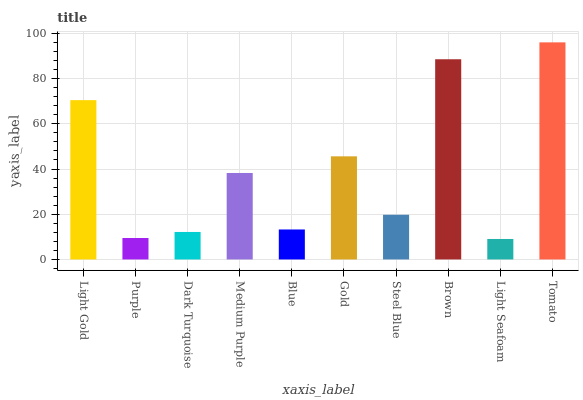
| xaxis_label | bars |
 | --- | --- |
 | Light Gold | 70.5 |
 | Purple | 9.49 |
 | Dark Turquoise | 12.2 |
 | Medium Purple | 38.2 |
 | Blue | 13.3 |
 | Gold | 45.6 |
 | Steel Blue | 19.8 |
 | Brown | 88.5 |
 | Light Seafoam | 9.06 |
 | Tomato | 96 |